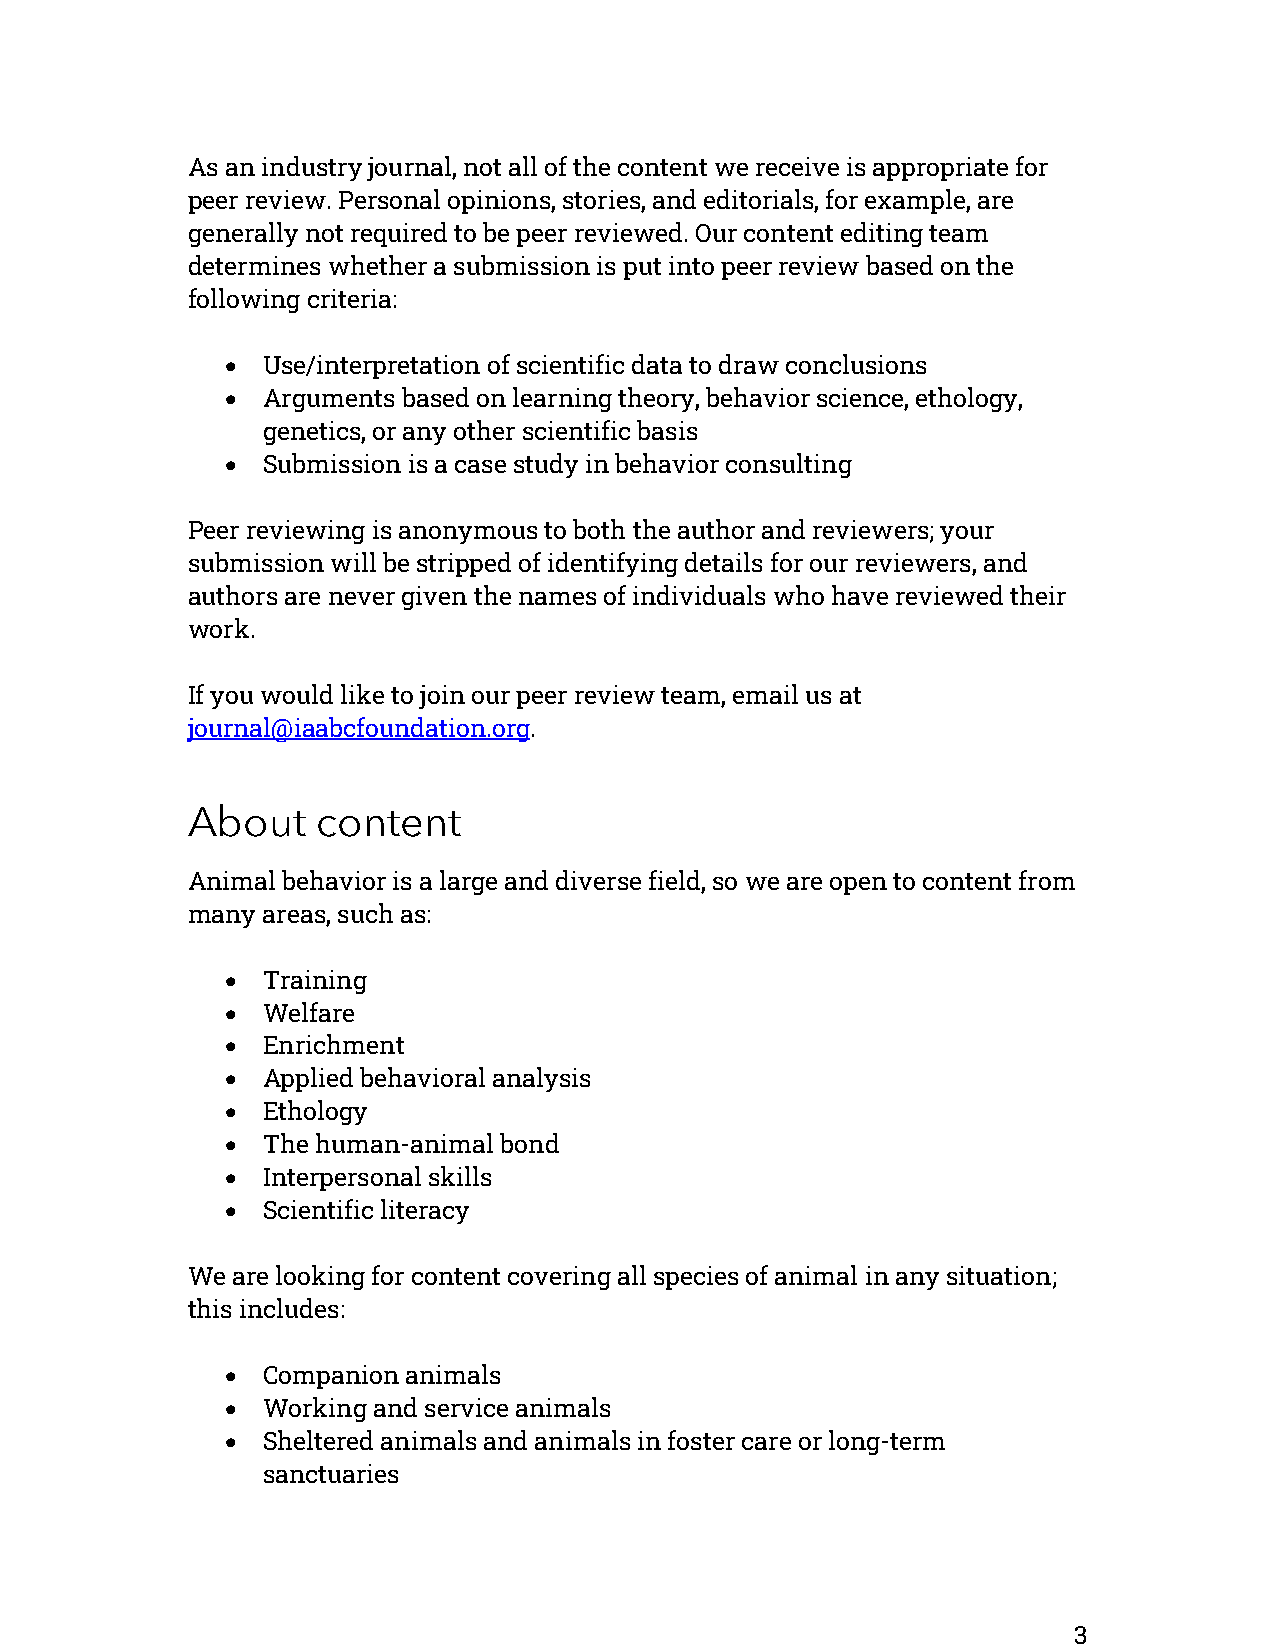
As an industry journal, not all of the content we receive is appropriate for
 peer review. Personal opinions, stories, and editorials, for example, are
 generally not required to be peer reviewed. Our content editing team
 determines whether a submission is put into peer review based on the
 following criteria:
 • Use/interpretation of scientific data to draw conclusions
 • Arguments based on learning theory, behavior science, ethology,
 genetics, or any other scientific basis
 • Submission is a case study in behavior consulting
 Peer reviewing is anonymous to both the author and reviewers; your
 submission will be stripped of identifying details for our reviewers, and
 authors are never given the names of individuals who have reviewed their
 work.
 If you would like to join our peer review team, email us at
 journal@iaabcfoundation.org.
 About    content
 Animal behavior is a large and diverse field, so we are open to content from
 many areas, such as:
 • Training
 • Welfare
 • Enrichment
 • Applied behavioral analysis
 • Ethology
 • The human-animal bond
 • Interpersonal skills
 • Scientific literacy
 We are looking for content covering all species of animal in any situation;
 this includes:
 • Companion animals
 • Working and service animals
 • Sheltered animals and animals in foster care or long-term
 sanctuaries
 3